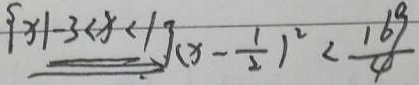
\{ x \vert - 3 < x < 1 \} ( x - \frac { 1 } { 2 } ) ^ { 2 } < \frac { 1 6 9 } { 4 }